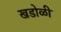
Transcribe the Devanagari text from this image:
खडोळी